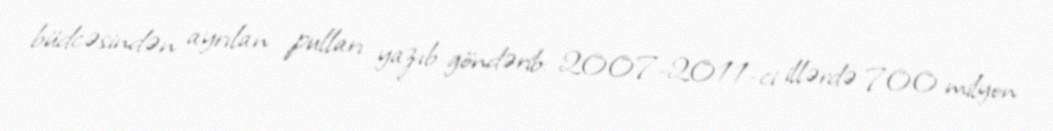
büdcəsindən ayrılan pulları yazıb göndərib: 2007-2011-ci illərdə 700 milyon